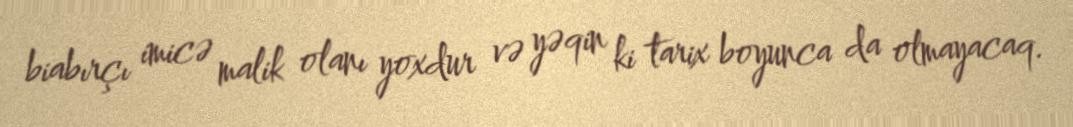
biabırçı imicə malik olanı yoxdur və yəqin ki tarix boyunca da olmayacaq.